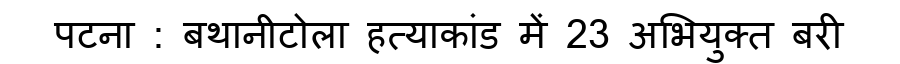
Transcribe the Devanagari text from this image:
पटना : बथानीटोला हत्याकांड में 23 अभियुक्त बरी